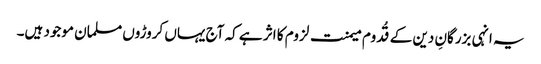
یہ انہی بزرگانِ دین کے قُدوم میمنت لزوم کا اثر ہے کہ آج یہاں کروڑوں مسلمان موجود ہیں۔